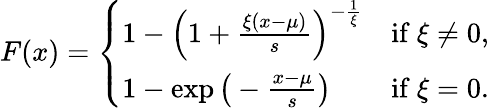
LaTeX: F(x)={\left\{ \begin{array}{ll}{1-{\Big(}1+{\frac{\xi(x-\mu)}{s}}{\Big)}^{-{\frac{1}{\xi}}}}&{{\mathrm{if~}}\xi\neq 0,}\\ {1-\exp{\bigl(}-{\frac{x-\mu}{s}}{\bigr)}}&{{\mathrm{if~}}\xi=0.}\end{array}\right.}